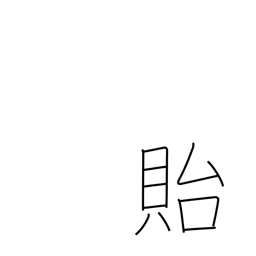
Meaning: leave behind